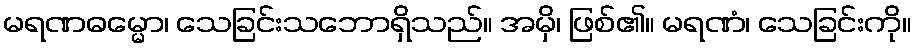
မရဏဓမ္မော၊ သေခြင်းသဘောရှိသည်။ အမှိ၊ ဖြစ်၏။ မရဏံ၊ သေခြင်းကို။